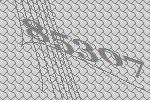
85307